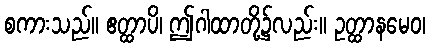
စကားသည်။ ဧတ္ထာပိ၊ ဤဂါထာတို့၌လည်း။ ဥတ္ထာနမေဝ၊